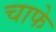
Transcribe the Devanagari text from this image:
चाफे